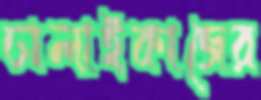
ঢালাইকাজের